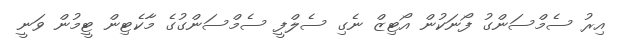
އިރު ސެމްސަންގު ފޯނަކުން އޯޓިޒް ނެގި ސެލްފީ ސެމްސަންގުގެ މާކެޓިން ޓީމުން ވަނީ